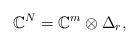
LaTeX: \begin{gather*}\mathbb{C}^N=\mathbb{C}^{m}\otimes \Delta_r,\end{gather*}